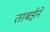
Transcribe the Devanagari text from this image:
ताबईने